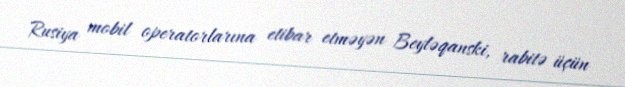
Rusiya mobil operatorlarına etibar etməyən Beyləqanski, rabitə üçün